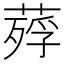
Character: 𦹡